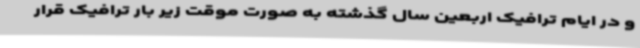
و در ایام ترافیک اربعین سال گذشته به صورت موقت زیر بار ترافیک قرار